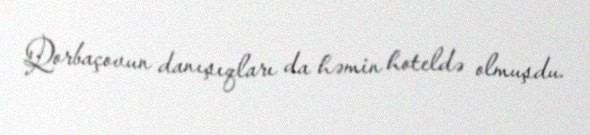
Qorbaçovun danışıqları da həmin hoteldə olmuşdu.